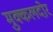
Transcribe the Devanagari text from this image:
मुक्कलदोर